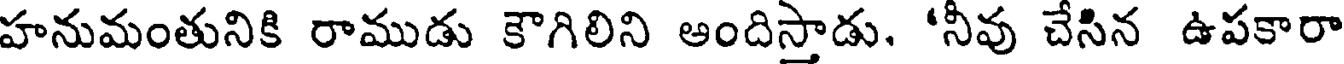
హనుమంతునికి రాముడు కౌగిలిని ఆందిస్తాడు. 'నీవు చేసిన ఉపకారా